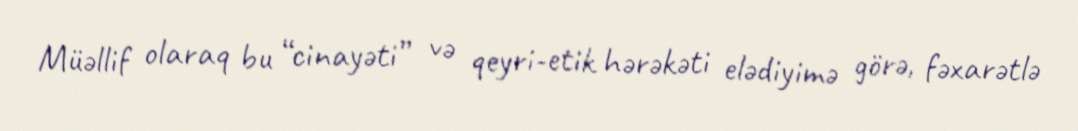
Müəllif olaraq bu “cinayəti” və qeyri-etik hərəkəti elədiyimə görə, fəxarətlə